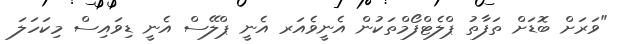
"ވަރަށް ބޮޑަށް ތަފާތު ޕްލެޓްފޯމްތަކުން އެނީވެއަރ އެނީ ޕްލޭސް އެނީ ޑިވައިސް މިކަހަލަ